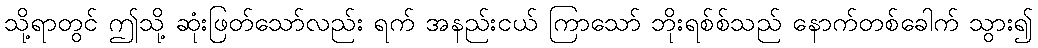
သို့ရာတွင် ဤသို့ ဆုံးဖြတ်သော်လည်း ရက် အနည်းငယ် ကြာသော် ဘိုးရစ်စ်သည် နောက်တစ်ခေါက် သွား၍